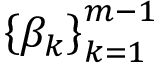
\left\{ \beta _ { k } \right\} _ { k = 1 } ^ { m - 1 }